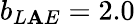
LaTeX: b_{L\mathbf{A}E}=2.0